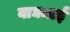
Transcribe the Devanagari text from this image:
वाघमाई